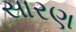
સારણ